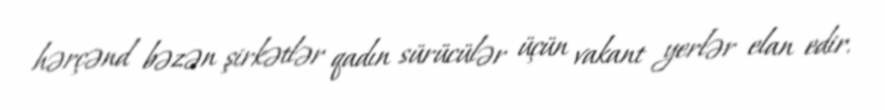
hərçənd bəzən şirkətlər qadın sürücülər üçün vakant yerlər elan edir.